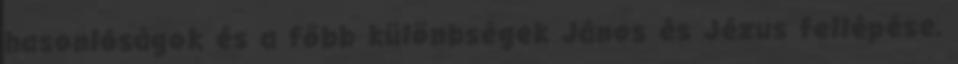
hasonlóságok és a főbb különbségek János és Jézus fellépése,